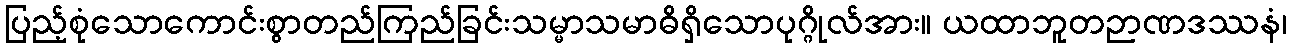
ပြည့်စုံသောကောင်းစွာတည်ကြည်ခြင်းသမ္မာသမာဓိရှိသောပုဂ္ဂိုလ်အား။ ယထာဘူတဉာဏဒဿနံ၊